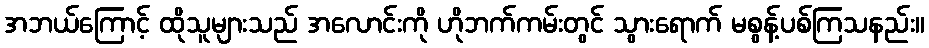
အဘယ်ကြောင့် ထိုသူများသည် အလောင်းကို ဟိုဘက်ကမ်းတွင် သွားရောက် မစွန့်ပစ်ကြသနည်း။